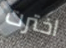
اخترت